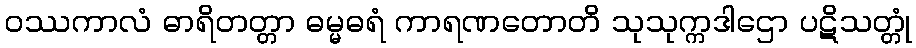
ဝဿကာလံ ဓာရိတတ္တာ ဓမ္မဓရံ ကာရဏတောတိ သုသုက္ကဒါဌော ပဋိသတ္တုံ